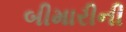
બીમારીની